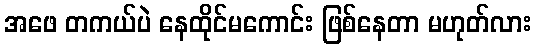
အဖေ တကယ်ပဲ နေထိုင်မကောင်း ဖြစ်နေတာ မဟုတ်လား